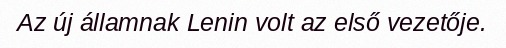
Az új államnak Lenin volt az első vezetője.